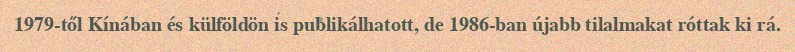
1979-től Kínában és külföldön is publikálhatott, de 1986-ban újabb tilalmakat róttak ki rá.